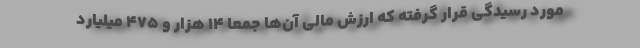
مورد رسیدگی قرار گرفته که ارزش مالی آن‌ها جمعاً ۱۴ هزار و ۴۷۵ میلیارد